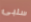
سلبى